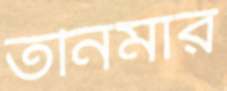
তনিমার